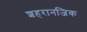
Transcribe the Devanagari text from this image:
शहरानजिक